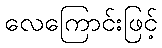
လေကြောင်းဖြင့်